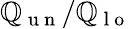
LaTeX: \mathbb{Q}_{\mathrm{{~u~n~}}}/\mathbb{Q}_{\mathrm{{~l~o~}}}